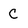
Character: C